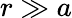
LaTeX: r\gg a